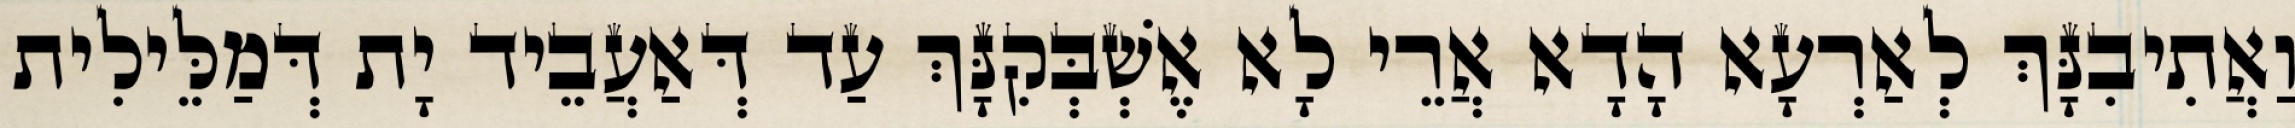
וַאֲתִיבִנָּךְ לְאַרְעָא הָדָא אֲרֵי לָא אֶשְׁבְּקִנָּךְ עַד דְּאַעֲבֵיד יָת דְּמַלֵּילִית